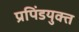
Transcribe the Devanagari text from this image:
प्रपिंडयुक्त